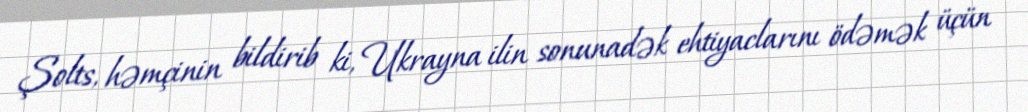
Şolts, həmçinin bildirib ki, Ukrayna ilin sonunadək ehtiyaclarını ödəmək üçün